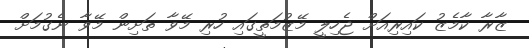
ޒާރާ ކާމެޒު ކައިރިއަށް ޖެހިލީ މޭޒުމަތީގައި ހުރި މޭވާ ތަށިން މޭވާ ނެގުމަށް